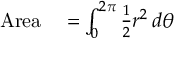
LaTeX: \begin{array} { r l } { \mathrm { A r e a } } & { { } { } = \int _ { 0 } ^ { 2 \pi } { \frac { 1 } { 2 } } r ^ { 2 } \, d \theta } \end{array}